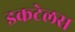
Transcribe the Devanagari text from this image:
डकटेलस